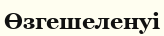
Өзгешеленуі